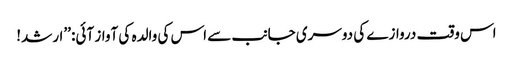
اس وقت دروازے کی دوسری جانب سے اس کی والدہ کی آواز آئی: ’’ارشد!